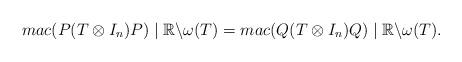
LaTeX: \begin{align*}mac(P(T \otimes I_n)P) \mid {\mathbb R}\backslash\omega(T) = mac(Q(T \otimes I_n)Q) \mid {\mathbb R}\backslash\omega(T).\end{align*}